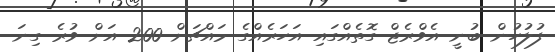
ފުލުހުން ބުނީ އެވްރެޖް ގޮތެއްގައި އަހަރެއްގެ މައްޗަށް 200 އަށް ވުރެ ގިނަ